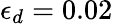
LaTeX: \epsilon_{d}=0.02